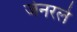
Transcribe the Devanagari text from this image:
जेनरले